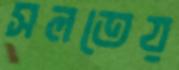
সলতেয়